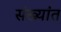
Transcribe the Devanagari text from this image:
संख्यांत